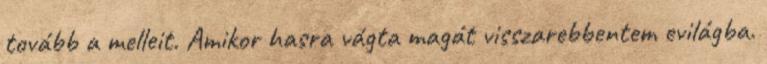
tovább a melleit. Amikor hasra vágta magát visszarebbentem evilágba.